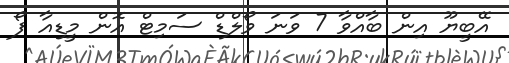
އޭބީޔޫ އިން ބާއްވާ 7 ވަނަ ވޯލްޑް ސަމިޓް އޮން މީޑިއާ ފޯ